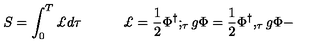
S = \int _ { 0 } ^ { T } \pounds d \tau \quad \quad \quad \pounds = \frac { 1 } { 2 } \Phi ^ { \dagger } ; _ { \tau } g \Phi = \frac { 1 } { 2 } \Phi ^ { \dagger } , _ { \tau } g \Phi -